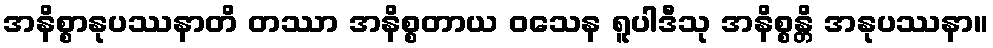
အနိစ္စာနုပဿနာတိ တဿာ အနိစ္စတာယ ဝသေန ရူပါဒီသု အနိစ္စန္တိ အနုပဿနာ။